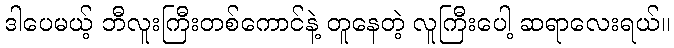
ဒါပေမယ့် ဘီလူးကြီးတစ်ကောင်နဲ့ တူနေတဲ့ လူကြီးပေါ့ ဆရာလေးရယ်။